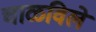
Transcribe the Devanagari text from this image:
चाळविले